Civil Veterinary Dept. North-West Frontier Province 1933-46 - 1933-1946
Year: 1933
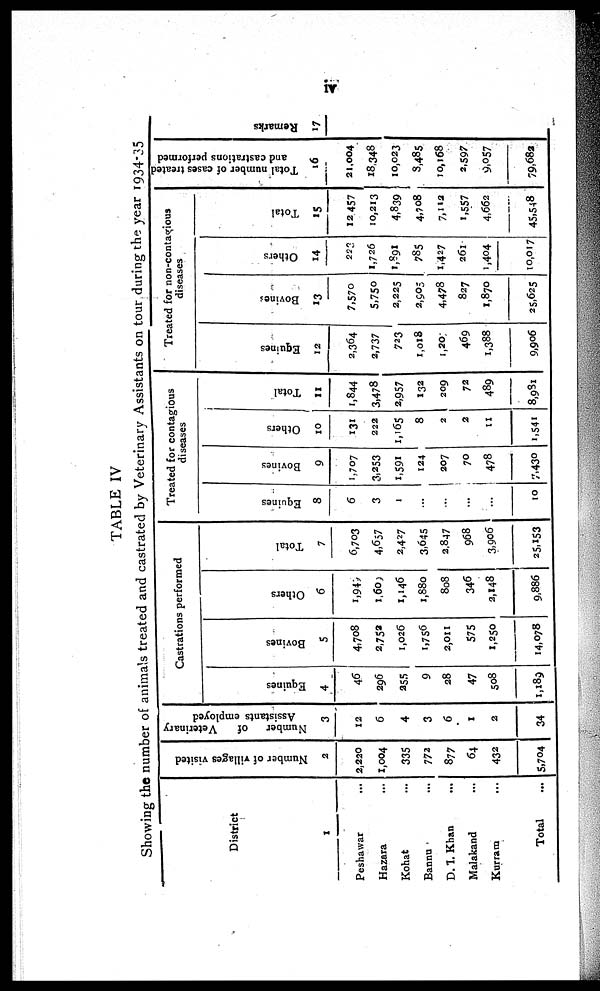
iv
TABLE IV
Showing the number of animals treated and castrated by Veterinary Assistants on tour during the year 1934-35
District
1
Peshawar ...
Hazara ...
Kohat ...
Bannu ...
D. I. Khan ...
Malakand ...
Kurram ...
Total ...
Number of villages visited
2
2,220
1,004
335
772
877
64
432
5,704
Number of
Veterinary
Assistants employed
3
12
6
4
3
6
1
2
34
Castrations performed
Equines
4
46
296
255
9
28
47
508
1,189
Bovines
5
4,708
2,752
1,026
1,756
2,011
575
1,250
14,078
Others
6
1,949
1,609
1,146
1,880
808
346
2,148
9,886
Total
7
6,703
4,657
2,427
3,645
2,847
968
3,906
25,153
Treated for contagious
diseases
Equines
8
6
3
1
...
...
...
...
10
Bovines
9
1,707
3.253
1,591
124
207
70
478
7,430
Others
10
131
222
1,165
8
2
2
11
1,541
Total
11
1,844
3,478
2,957
132
209
72
489
8,981
Treated for non-contagious
diseases
Equines
12
2,364
2,737
723
1,018
1,20
469
1,388
9,906
Bovines
13
7,570
5,750
2,225
2,905
4,478
827
1,870
25,625
Others
14
223
1,726
1,891
785
1,427
261
1,404
10,017
Total
15
12,457
10,213
4,839
4,708
7,112
1,557
4,662
45,548
Total number of cases treated
and castrations performed
16
21,004
18,348
10,023
3,485
10,168
2,597
9,057
79,682
Remarks
17